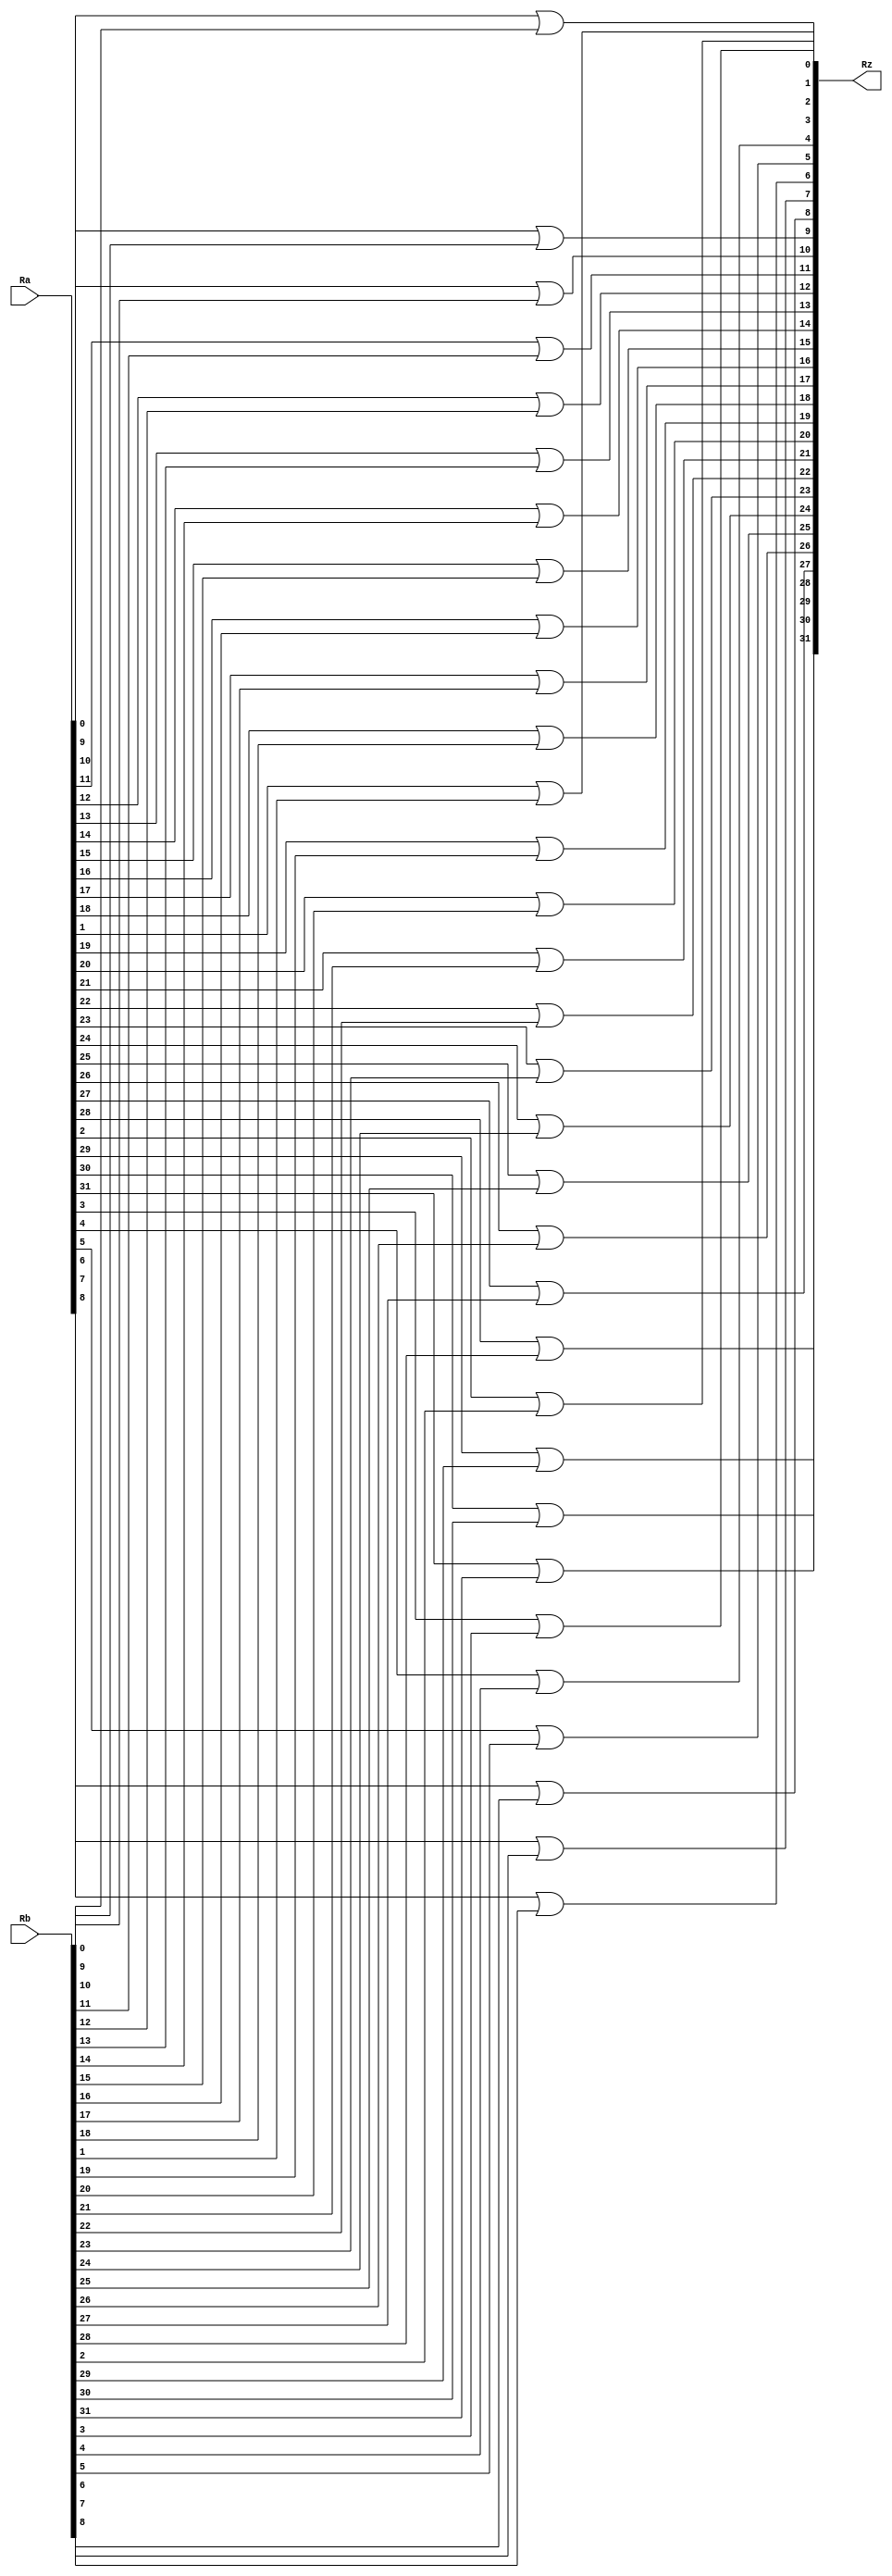


`timescale 1ns / 1ps
module OR(input wire [31:0] Ra, input wire [31:0] Rb, output wire [31:0] Rz);
	genvar i;
	generate
		for (i=0; i<32;i=i+1) begin : loop
			assign Rz[i] = ((Ra[i])|(Rb[i]));
		end
	endgenerate
endmodule

module OR_tb;
	reg [31:0] x,y;
	wire [31:0] z;
	initial begin
	  x=0; y=0;
	  #10 x=32'h00000000; 	y=32'hABCD1234; 	// z=32'hABCD1234
	  #10 x=32'hAAAAAAAA; 	y=32'h55555555; 	// z=32'hFFFFFFFF
	  #10 x=32'hFFFFFFFF; 	y=32'hABCD1234; 	// z=32'hABCD1234
	  #10 x=32'h00000037; 	y=32'h00000073; 	// z=32'h00000077
	end
	OR or_op(.Ra(x), .Rb(y),.Rz(z));
	
	initial
	  $monitor( "X=%h, Y=%h, Z= %h", x,y,z);
endmodule